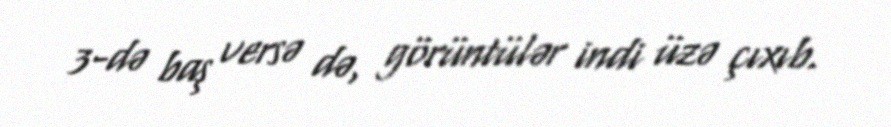
3-də baş versə də, görüntülər indi üzə çıxıb.